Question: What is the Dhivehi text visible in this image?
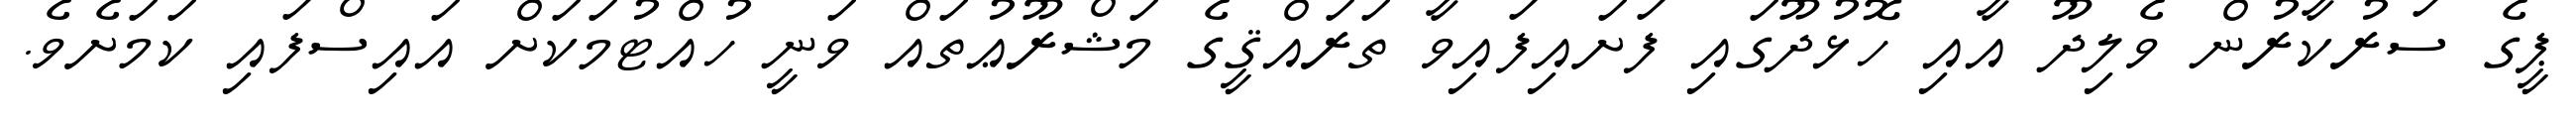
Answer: ޕީގެ ސަރުކާރުން ވެލިދޫ އާއި ހޮޅުދޫގައި ފަށައިފައިވާ ތަރައްޤީގެ މަޝްރޫޢުތައް ވަނީ ހުއްޓުމަކަށް އައިސްފައި ކަމަށެވެ.